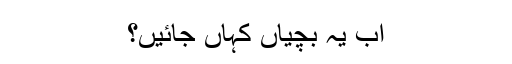
اب یہ بچیاں کہاں جائیں؟